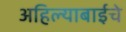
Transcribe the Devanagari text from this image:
अहिल्याबाईचे